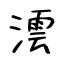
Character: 澐